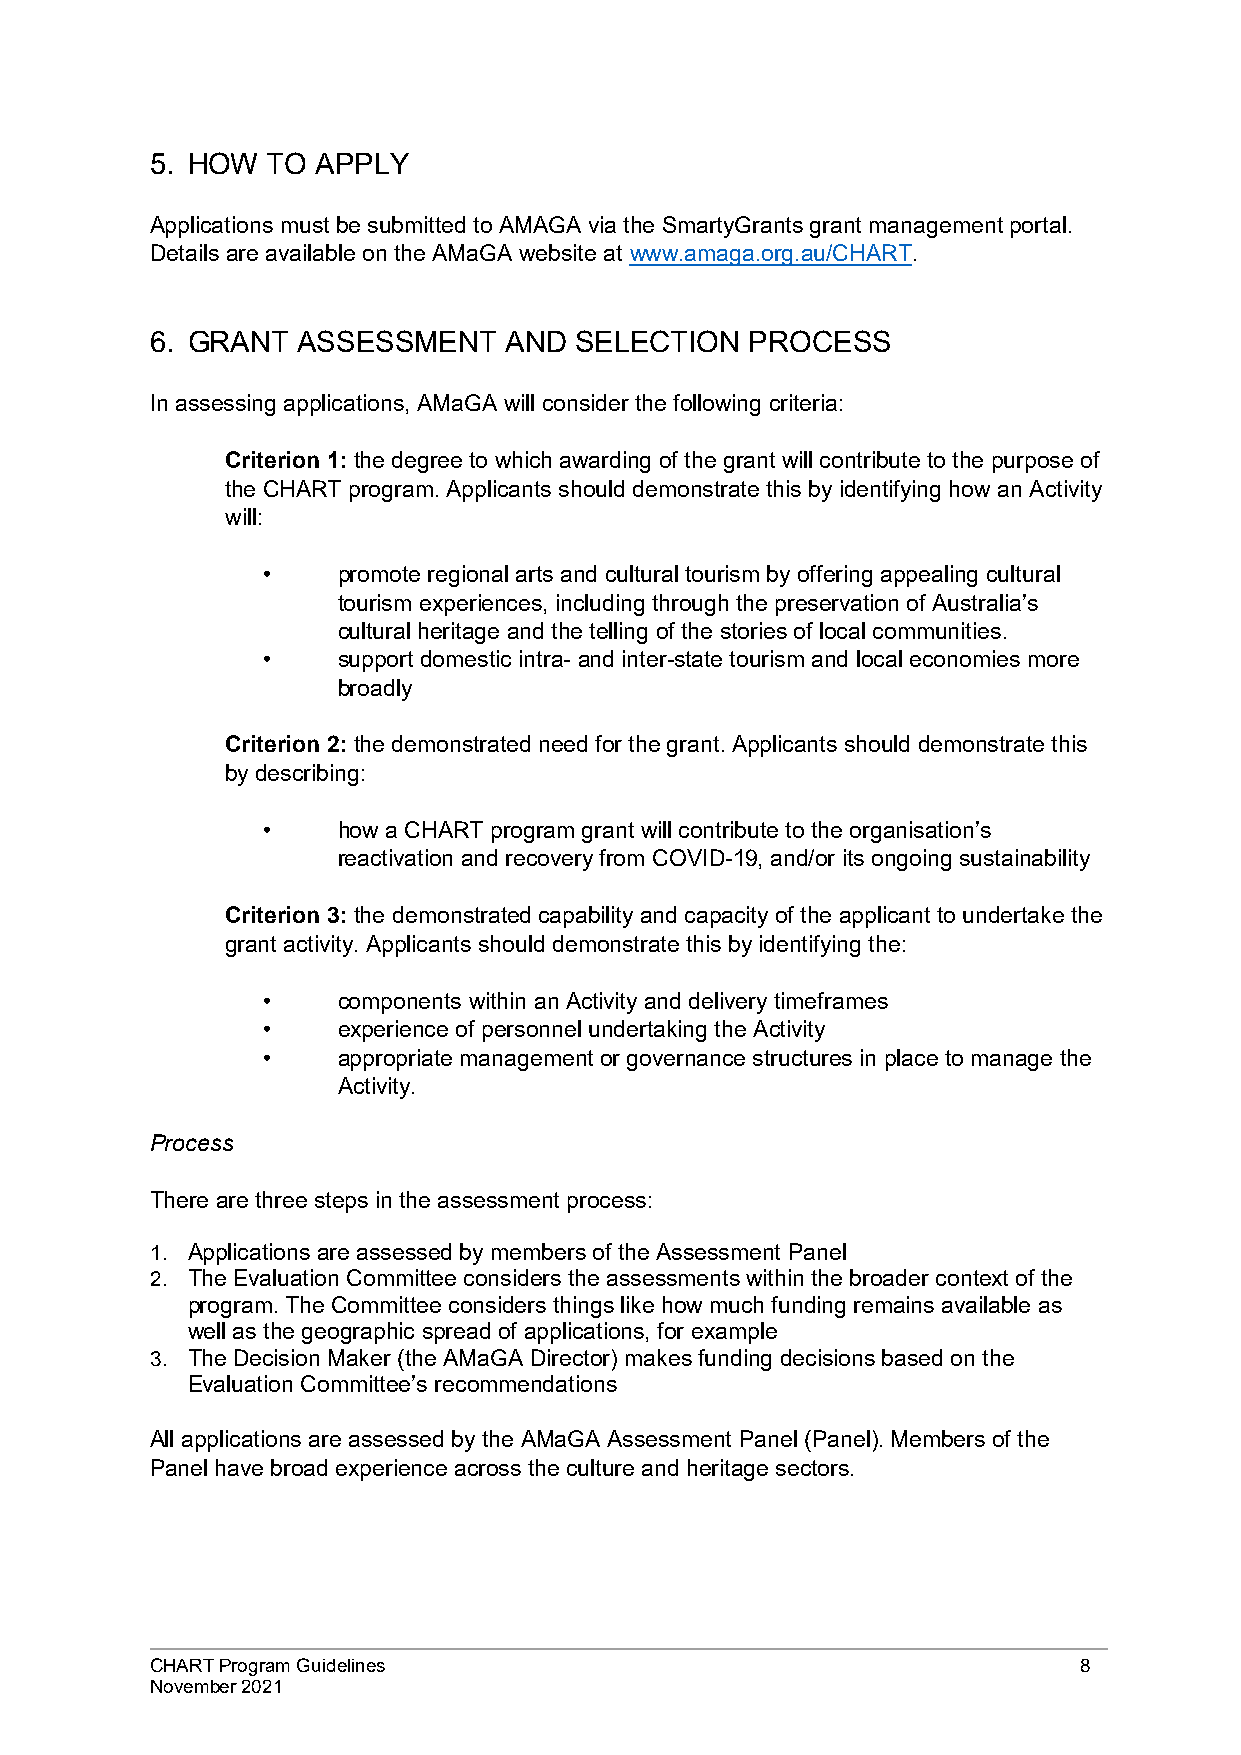
5. HOW  TO APPLY
 Applications must be submitted to AMAGA via the SmartyGrants grant management portal.
 Details are available on the AMaGA website at www.amaga.org.au/CHART.
 6. GRANT  ASSESSMENT   AND  SELECTION   PROCESS
 In assessing applications, AMaGA will consider the following criteria:
 Criterion 1: the degree to which awarding of the grant will contribute to the purpose of
 the CHART program. Applicants should demonstrate this by identifying how an Activity
 will:
 •    promote regional arts and cultural tourism by offering appealing cultural
 tourism experiences, including through the preservation of Australia’s
 cultural heritage and the telling of the stories of local communities.
 •    support domestic intra- and inter-state tourism and local economies more
 broadly
 Criterion 2: the demonstrated need for the grant. Applicants should demonstrate this
 by describing:
 •    how a CHART program grant will contribute to the organisation’s
 reactivation and recovery from COVID-19, and/or its ongoing sustainability
 Criterion 3: the demonstrated capability and capacity of the applicant to undertake the
 grant activity. Applicants should demonstrate this by identifying the:
 •    components within an Activity and delivery timeframes
 •    experience of personnel undertaking the Activity
 •    appropriate management or governance structures in place to manage the
 Activity.
 Process
 There are three steps in the assessment process:
 1. Applications are assessed by members of the Assessment Panel
 2. The Evaluation Committee considers the assessments within the broader context of the
 program. The Committee considers things like how much funding remains available as
 well as the geographic spread of applications, for example
 3. The Decision Maker (the AMaGA Director) makes funding decisions based on the
 Evaluation Committee’s recommendations
 All applications are assessed by the AMaGA Assessment Panel (Panel). Members of the
 Panel have broad experience across the culture and heritage sectors.
 CHART Program Guidelines                                     8
 November 2021